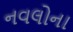
નવલોના